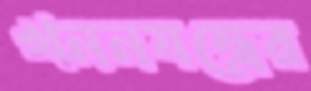
খননযন্ত্রের